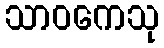
သာဝကေသု